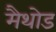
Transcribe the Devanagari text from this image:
मैथोड